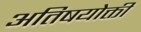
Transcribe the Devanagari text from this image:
अतिषयोक्ती